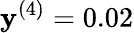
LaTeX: \mathbf{y}^{(4)}=0.02